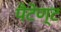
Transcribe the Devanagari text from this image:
पैटेण्ट